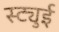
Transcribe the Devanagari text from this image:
स्ट्युई